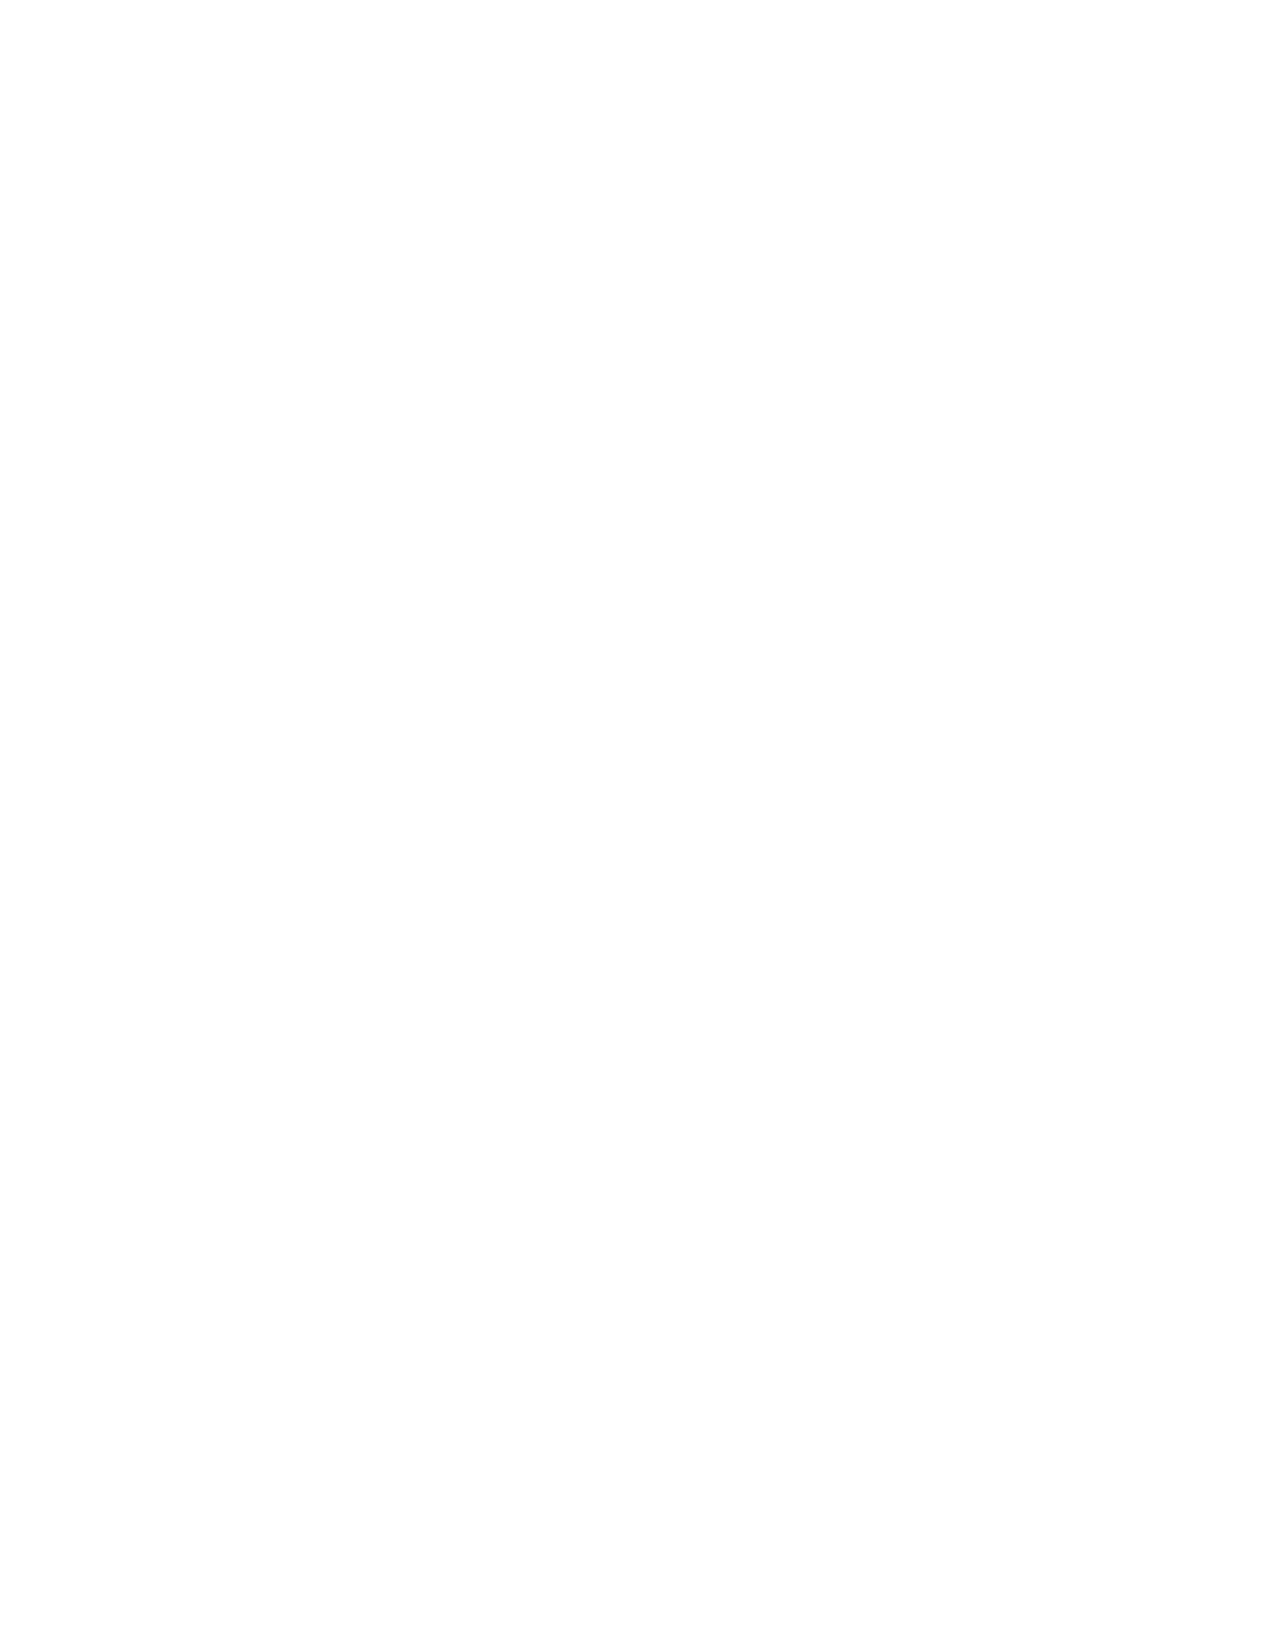
Packer J.F., J.D. Haymes, and C. Cook-Tabor. 2007. Coho FRAM Base Period Development. Pacific Fishery
 Management Council, 7700 NE Ambassador Place, Suite 101, Portland, Oregon 97220-1384.
 Peterman R.M. 1982. Model of salmon age structure and its use in preseason forecasting and studies of
 marine survival. Canadian Journal of Fisheries and Aquatic Sciences 39:1444-1452.
 R Core Team (2021). R: A language and environment for statistical computing. R Foundation for
 Statistical Computing, Vienna, Austria. URL https://www.R-project.org/.
 Sandercock, F.K. 1991. Life history of coho salmon (Oncorhynchus kisutch). Pages 397-443 in Groot C,
 and Margolis L. editors. Pacific salmon life histories. University of British Columbia Press,
 Vancouver
 Wainwright, T.C. 2021. Ephemeral relationships in salmon forecasting: A cautionary tale. Progress in
 Oceanography 193:102522